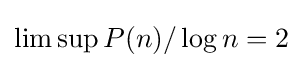
\limsup P(n)/\log n=2